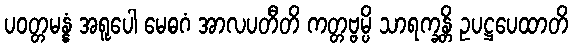
ပဝတ္တမန္နံ အရူပေါ မေဓဂံ အာလပတီတိ ကတ္တဗ္ဗမ္ပိ သာရက္ခန္တိ ဥပဋ္ဌပေထာတိ